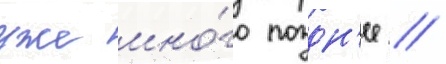
уже мно́го поздн'ее //